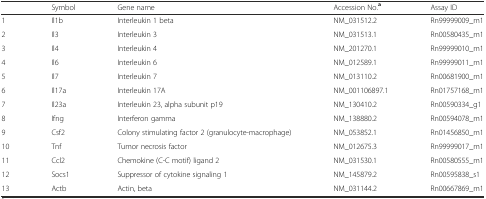
<table><thead><tr><td></td><td><b>Symbol</b></td><td><b>Gene name</b></td><td><b>Accession No.<sup>a</sup></b></td><td><b>Assay ID</b></td></tr></thead><tbody><tr><td>1</td><td>Il1b</td><td>Interleukin 1 beta</td><td>NM_031512.2</td><td>Rn99999009_m1</td></tr><tr><td>2</td><td>Il3</td><td>Interleukin 3</td><td>NM_031513.1</td><td>Rn00580435_m1</td></tr><tr><td>3</td><td>Il4</td><td>Interleukin 4</td><td>NM_201270.1</td><td>Rn99999010_m1</td></tr><tr><td>4</td><td>Il6</td><td>Interleukin 6</td><td>NM_012589.1</td><td>Rn99999011_m1</td></tr><tr><td>5</td><td>Il7</td><td>Interleukin 7</td><td>NM_013110.2</td><td>Rn00681900_m1</td></tr><tr><td>6</td><td>Il17a</td><td>Interleukin 17A</td><td>NM_001106897.1</td><td>Rn01757168_m1</td></tr><tr><td>7</td><td>Il23a</td><td>Interleukin 23, alpha subunit p19</td><td>NM_130410.2</td><td>Rn00590334_g1</td></tr><tr><td>8</td><td>Ifng</td><td>Interferon gamma</td><td>NM_138880.2</td><td>Rn00594078_m1</td></tr><tr><td>9</td><td>Csf2</td><td>Colony stimulating factor 2 (granulocyte-macrophage)</td><td>NM_053852.1</td><td>Rn01456850_m1</td></tr><tr><td>10</td><td>Tnf</td><td>Tumor necrosis factor</td><td>NM_012675.3</td><td>Rn99999017_m1</td></tr><tr><td>11</td><td>Ccl2</td><td>Chemokine (C-C motif) ligand 2</td><td>NM_031530.1</td><td>Rn00580555_m1</td></tr><tr><td>12</td><td>Socs1</td><td>Suppressor of cytokine signaling 1</td><td>NM_145879.2</td><td>Rn00595838_s1</td></tr><tr><td>13</td><td>Actb</td><td>Actin, beta</td><td>NM_031144.2</td><td>Rn00667869_m1</td></tr></tbody></table>